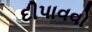
દીપાવવો